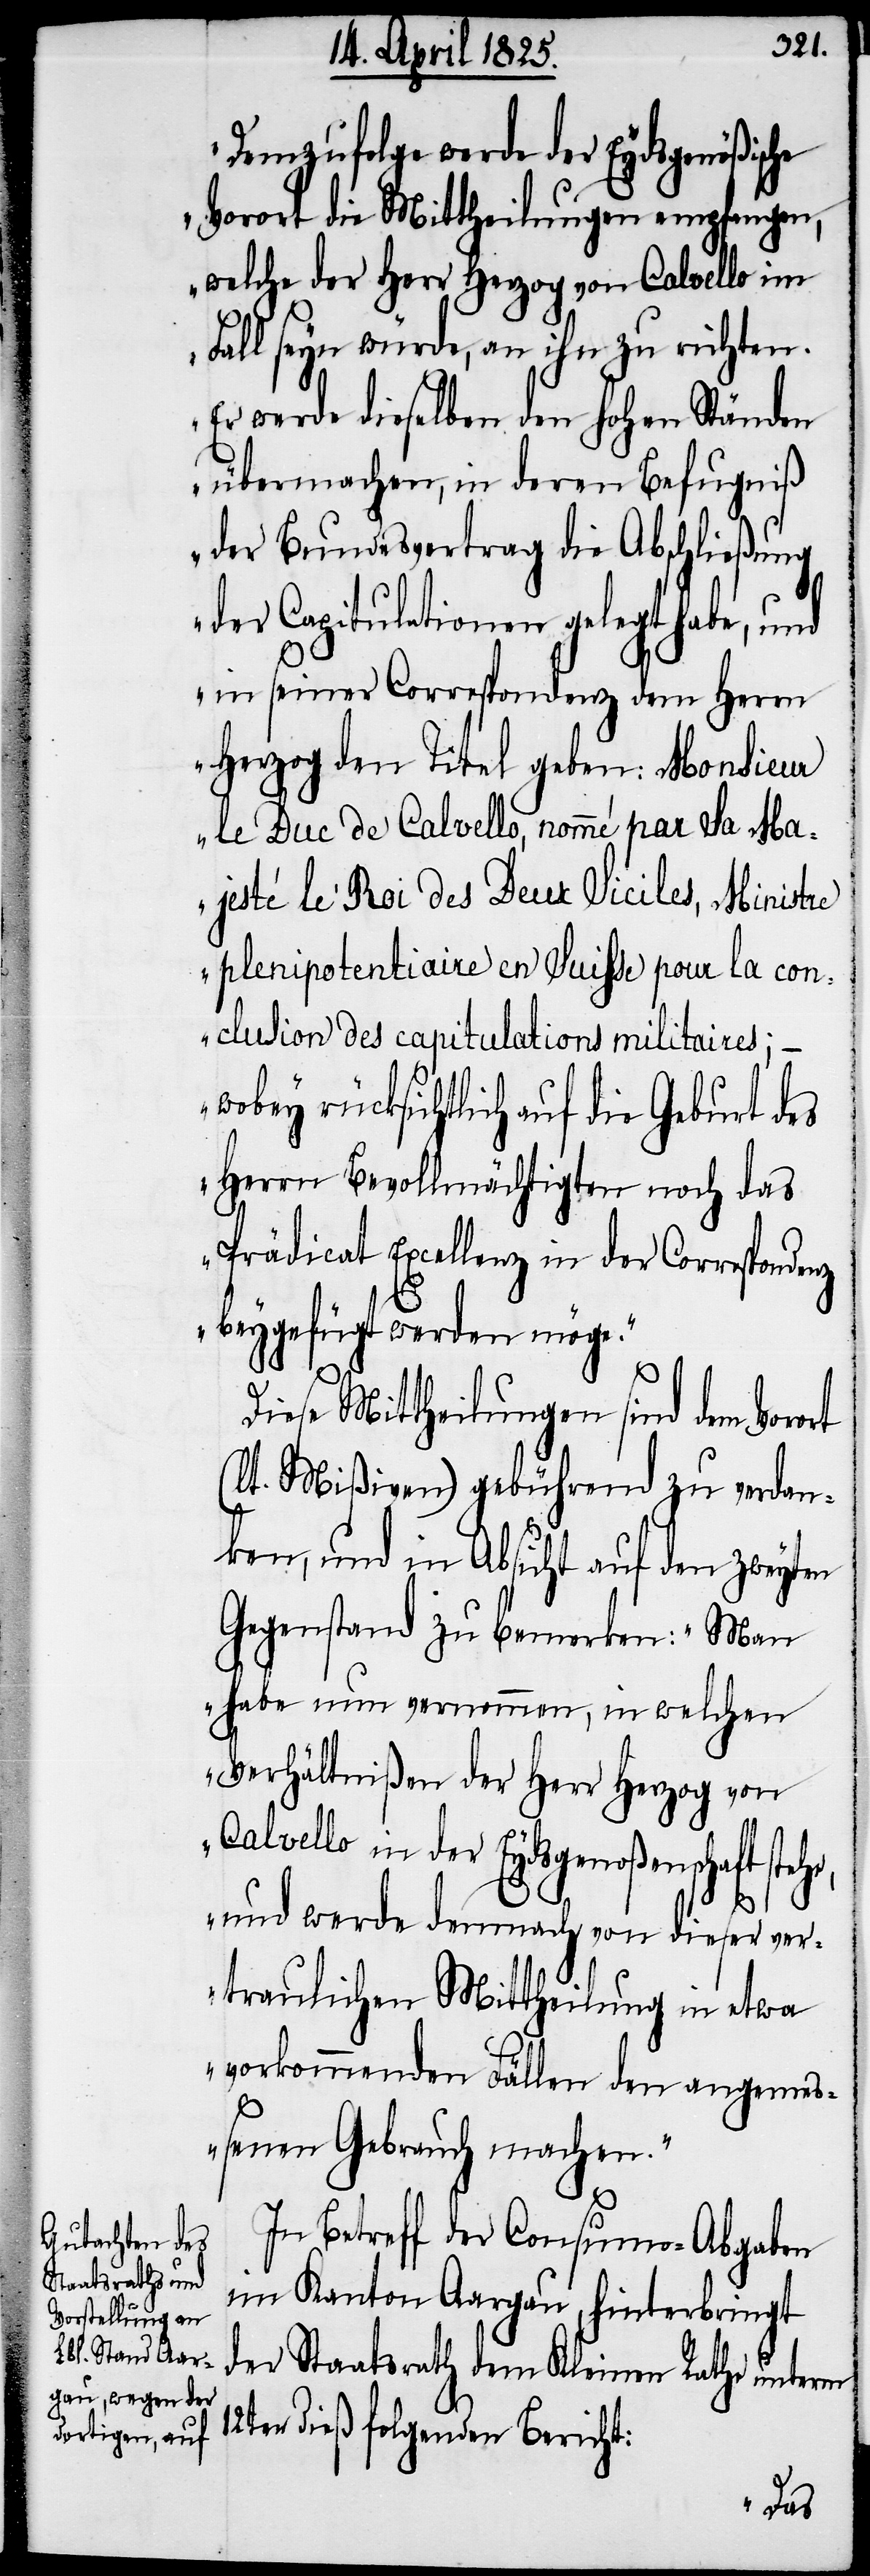
Demzufolge werde der Eydsgenößische
Vorort die Mittheilung empfangen,
welche der Herr Herzog von Calvello im
Fall seyn würde, an ihn zu richten.
Er werde dieselben den hohen Ständen
übermachen, in deren Befugniß
der Bundesvertrag die Abschließung
der Capitulationen gelegt habe, und
in seiner Correspondenz dem Herrn
Herzog den Titel geben: Monsieur
le Duc de Calvello, nommé par Sa Ma¬
jesté le Roi des Deux Siciles, Ministre
plenipotentiaire en Suisse pour la con¬
clusion des capitulations militaires;
wobey rücksichtlich auf die Geburt des
Herrn Bevollmächtigten noch das
Prädicat Excellenz in der Correspondenz
beygefügt werden möge.“
Diese Mittheilungen sind dem Vorort
(lt. Mißiven) gebührend zu verdan¬
ken, und in Absicht auf den zweyten
Gegenstand zu bemerken: „Man
habe nun vernommen, in welchen
Verhältnißen der Herr Herzog von
Calvello in der Eydsgenoßenschaft steh¬
e, und werde demnach von dieser ver¬
traulichen Mittheilung in etwa
vorkommenden Fällen den angemeß¬
enen Gebrauch machen.“
In Betreff der Consumo-Abgaben
im Kanton Aargau, hinterbringt
der Staatsrath dem Kleinen Rathe unterm
12ten dieß folgenden Bericht: